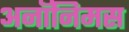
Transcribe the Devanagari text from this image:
अनॉनिमस